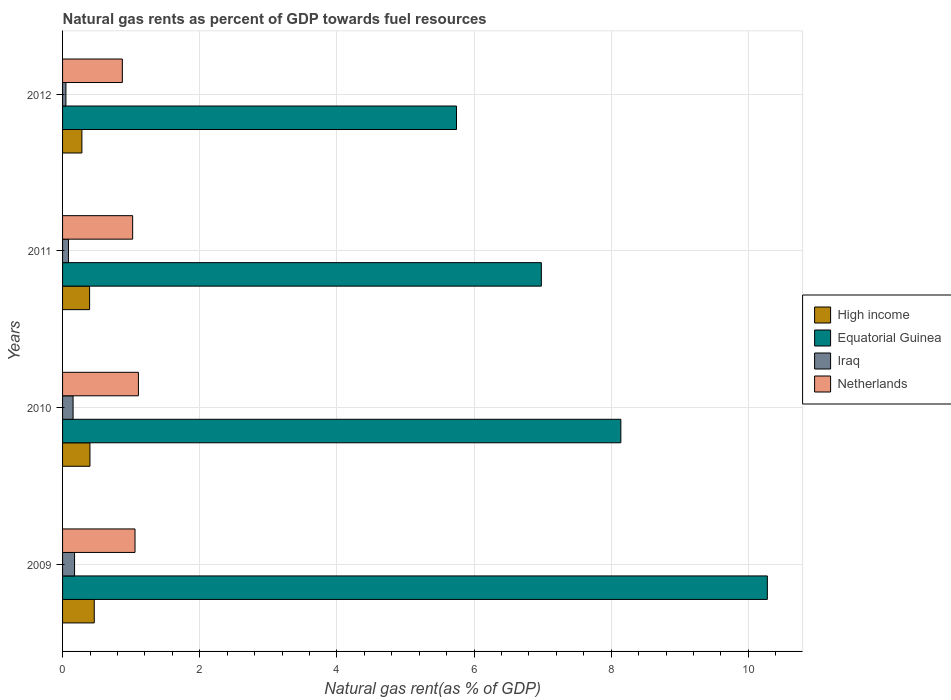
| Years | High income | Equatorial Guinea | Iraq | Netherlands |
 | --- | --- | --- | --- | --- |
 | 2009 | 0.462 | 10.3 | 0.175 | 1.06 |
 | 2010 | 0.399 | 8.14 | 0.153 | 1.11 |
 | 2011 | 0.394 | 6.98 | 0.0864 | 1.02 |
 | 2012 | 0.282 | 5.74 | 0.049 | 0.872 |